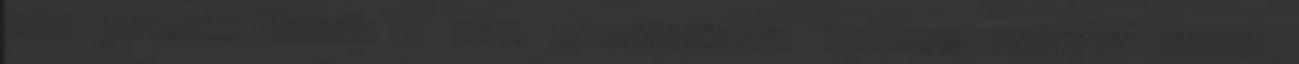
Limp Bizkit.” Minden a nagy visszatérésről freddyD: eplethy: Helló.